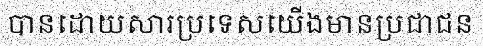
បានដោយសារប្រទេសយើងមានប្រជាជន